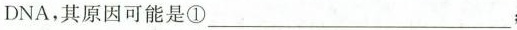
DNA，其原因可能是①___；